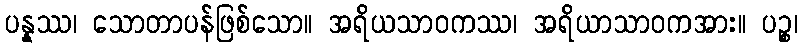
ပန္နဿ၊ သောတာပန်ဖြစ်သော။ အရိယသာဝကဿ၊ အရိယာသာဝကအား။ ပဉ္စ၊